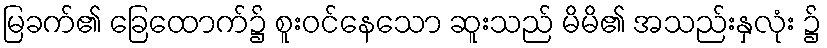
မြခက်၏ ခြေထောက်၌ စူးဝင်နေသော ဆူးသည် မိမိ၏ အသည်းနှလုံး ၌